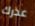
عذرك